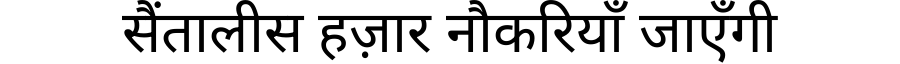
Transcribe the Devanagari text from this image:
सैंतालीस हज़ार नौकरियाँ जाएँगी